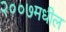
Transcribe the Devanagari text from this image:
२००७मधील